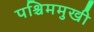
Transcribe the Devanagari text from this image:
पश्चिममुखी